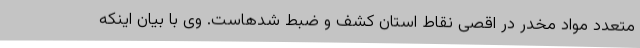
متعدد مواد مخدر در اقصی نقاط استان کشف و ضبط شدهاست. وی با بیان اینکه